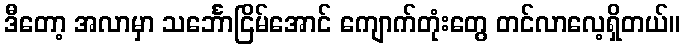
ဒီတော့ အလာမှာ သင်္ဘောငြိမ်အောင် ကျောက်တုံးတွေ တင်လာလေ့ရှိတယ်။